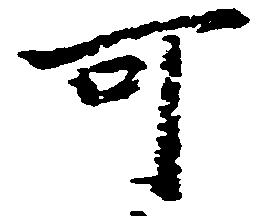
可